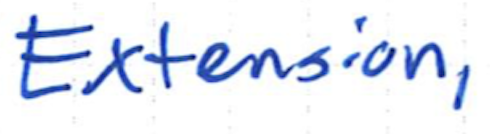
Text: Extension,
Cross-out: clean
Writing tool: ballpoint